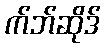
က်ဘ်ဆိုဒ်